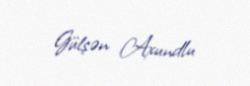
Gülşən Axundlu